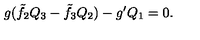
g ( \tilde { f } _ { 2 } Q _ { 3 } - \tilde { f } _ { 3 } Q _ { 2 } ) - g ^ { \prime } Q _ { 1 } = 0 .